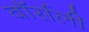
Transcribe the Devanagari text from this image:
वॉर्सली